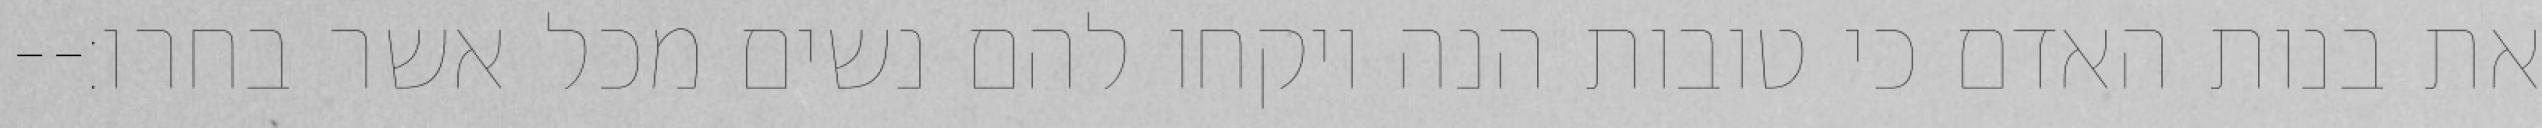
את בנות האדם כי טובות הנה ויקחו להם נשים מכל אשר בחרו׃--